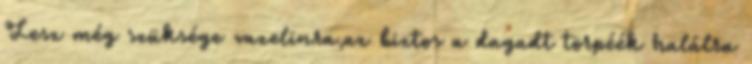
Lesz még szüksége vazelinra,az biztos a dagadt törpéék halálra